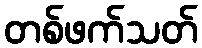
တစ်ဖက်သတ်